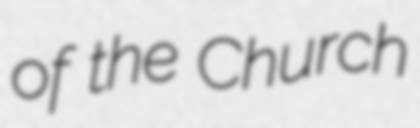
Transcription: of the Church